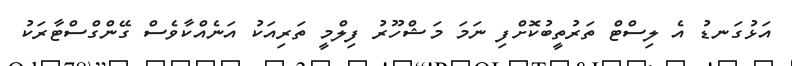
އަޅުގަނޑު އެ ލިސްޓް ތަރުތީބުކޮށްފި ނަމަ މަޝްހޫރު ފިލްމީ ތަރިއަކު އަނެއްކާވެސް ގޭންގްސްޓާރަކު